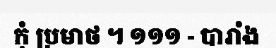
កុំ ប្រមាថ ។ ១១១ - បារាំង